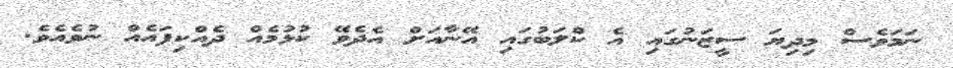
ނަމަވެސް މިދިޔަ ސީޒަނުގައި އެ ކްލަބުގައި އޭނާއަށް އެދެވޭ ކުޅުމެއް ދެއްކިފައެއް ނުވެއެވެ.